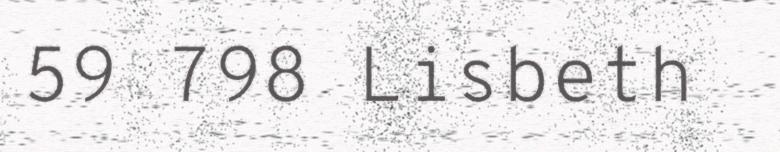
59 798 Lisbeth